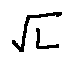
\sqrt { L }